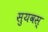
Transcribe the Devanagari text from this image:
सुयवस्